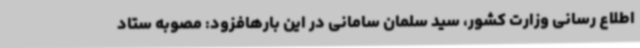
اطلاع رسانی وزارت کشور، سید سلمان سامانی در این بارهافزود: مصوبه ستاد